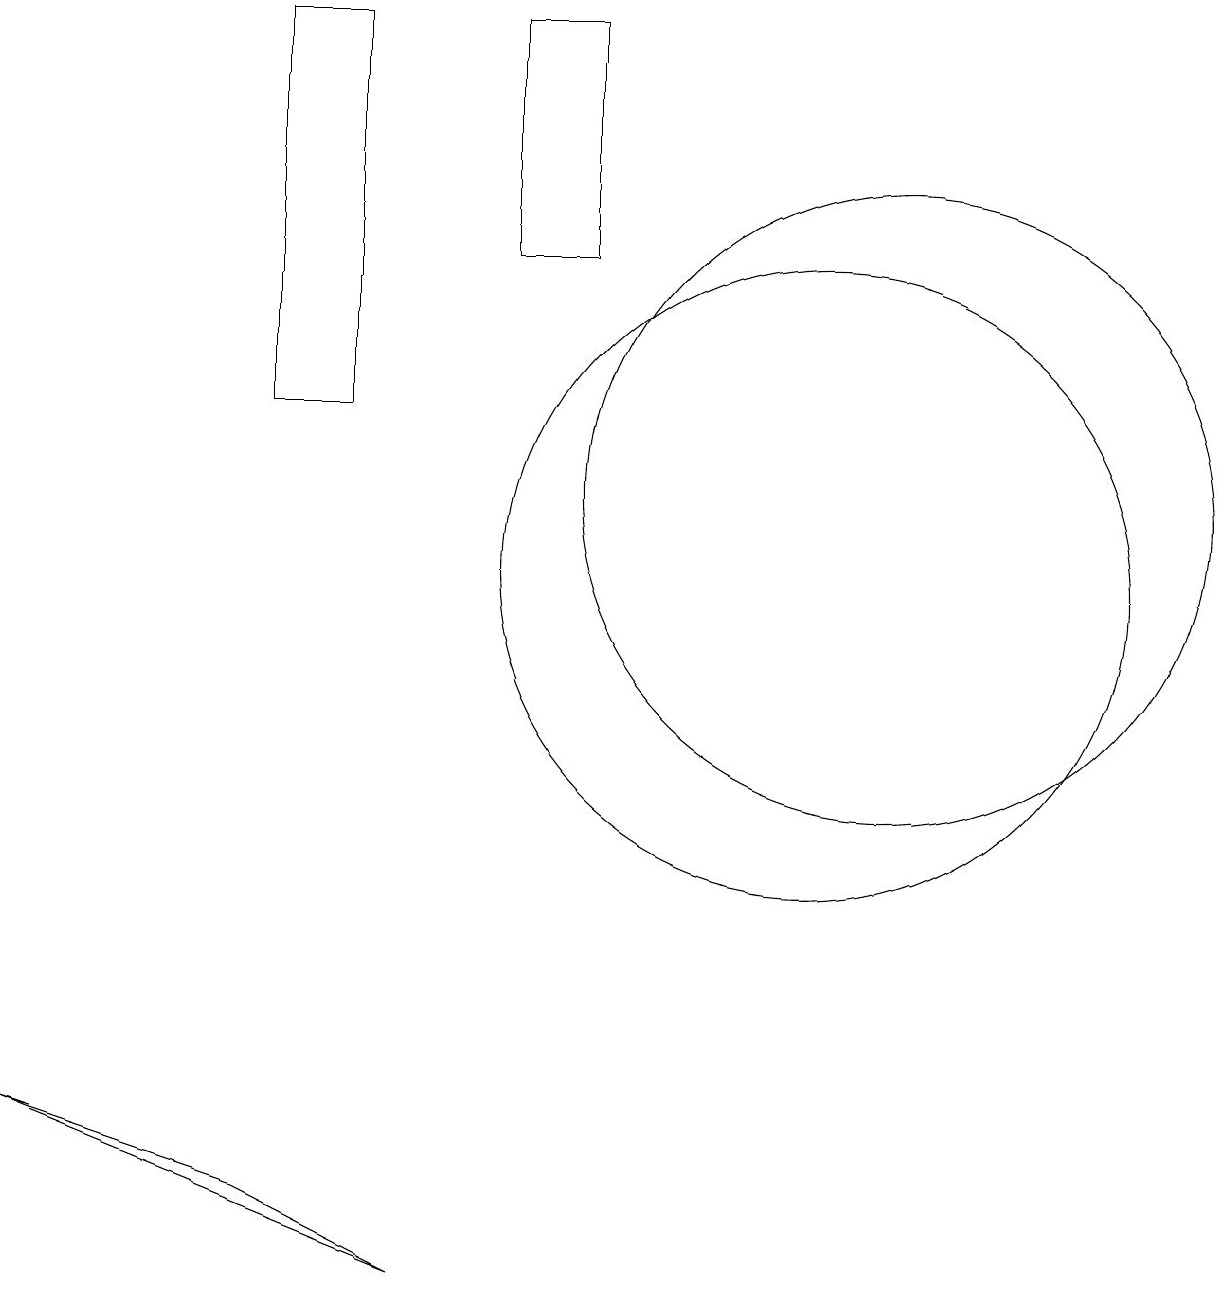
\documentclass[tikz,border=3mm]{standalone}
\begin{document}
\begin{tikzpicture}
\draw (4,18) rectangle (5,13);
\draw (1,4) -- (4,3) -- (6,2) -- cycle;
\draw (8,15) rectangle (7,18);
\draw (12,12) circle (4);
\draw (11,11) circle (4);
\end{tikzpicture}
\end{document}